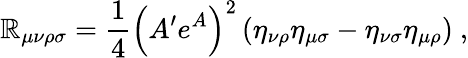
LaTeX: \mathbb{R}_{\mu\nu\rho\sigma}=\frac{{1}}{{4}}\left(A^{\prime}e^{A}\right)^{2}\left(\eta_{\nu\rho}\eta_{\mu\sigma}-\eta_{\nu\sigma}\eta_{\mu\rho}\right)~,